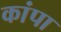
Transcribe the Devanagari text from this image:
कांपा